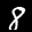
Label: 8